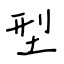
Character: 型